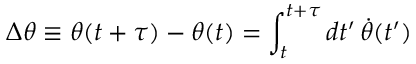
\Delta \theta \equiv \theta ( t + \tau ) - \theta ( t ) = \int _ { t } ^ { t + \tau } d t ^ { \prime } \, \dot { \theta } ( t ^ { \prime } )